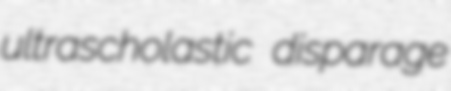
ultrascholastic disparage